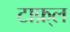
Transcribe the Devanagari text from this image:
टाफ़्ल